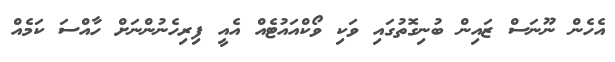
އެހެން ނޫނަސް ޒައިން ބުނިގޮތުގައި ވަކި ވޯކްއައުޓެއް އެއީ ފިރިހެނުންނަށް ހާއްސަ ކަމެއް